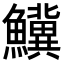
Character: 𬵷